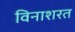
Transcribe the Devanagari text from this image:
विनाशरत